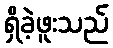
ရှိခဲ့ဖူးသည်